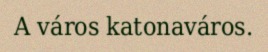
A város katonaváros.